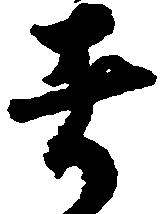
者